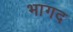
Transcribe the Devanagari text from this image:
भागद